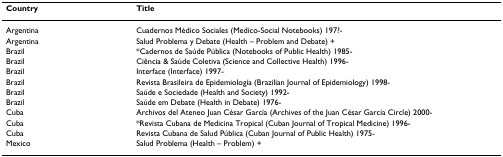
<table><thead><tr><td><b>Country</b></td><td><b>Title</b></td></tr></thead><tbody><tr><td>Argentina</td><td>Cuadernos Médico Sociales (Medico-Social Notebooks) 197?-</td></tr><tr><td>Argentina</td><td>Salud Problema y Debate (Health – Problem and Debate) +</td></tr><tr><td>Brazil</td><td>*Cadernos de Saúde Pública (Notebooks of Public Health) 1985-</td></tr><tr><td>Brazil</td><td>Ciência &amp; Saúde Coletiva (Science and Collective Health) 1996-</td></tr><tr><td>Brazil</td><td>Interface (Interface) 1997-</td></tr><tr><td>Brazil</td><td>Revista Brasileira de Epidemiología (Brazilian Journal of Epidemiology) 1998-</td></tr><tr><td>Brazil</td><td>Saúde e Sociedade (Health and Society) 1992-</td></tr><tr><td>Brazil</td><td>Saúde em Debate (Health in Debate) 1976-</td></tr><tr><td>Cuba</td><td>Archivos del Ateneo Juan César García (Archives of the Juan César García Circle) 2000-</td></tr><tr><td>Cuba</td><td>*Revista Cubana de Medicina Tropical (Cuban Journal of Tropical Medicine) 1996-</td></tr><tr><td>Cuba</td><td>Revista Cubana de Salud Pública (Cuban Journal of Public Health) 1975-</td></tr><tr><td>Mexico</td><td>Salud Problema (Health – Problem) +</td></tr></tbody></table>